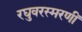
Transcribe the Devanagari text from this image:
रघुवरस्मरणीं